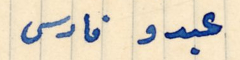
عبدو فارس